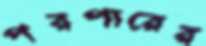
পরপারের